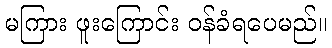
မကြား ဖူးကြောင်း ဝန်ခံရပေမည်။